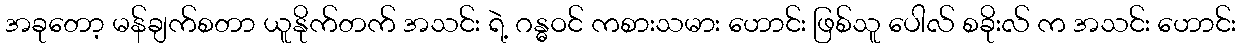
အခုတော့ မန်ချက်စတာ ယူနိုက်တက် အသင်း ရဲ့ ဂန္ဓဝင် ကစားသမား ဟောင်း ဖြစ်သူ ပေါလ် စခိုးလ် က အသင်း ဟောင်း